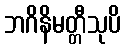
ဘဂိနိမတ္တီသုပိ